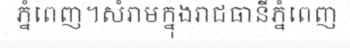
ភ្នំពេញ។សំរាមក្នុងរាជធានីភ្នំពេញ